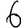
Digit: 6